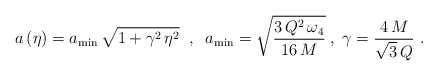
\begin{align*}a \left( \eta \right) = a_{\rm min} \, \sqrt{1+ \gamma^2 \, \eta^2} \;\;,\;\; a_{\rm min} = \sqrt{\frac{3 \, Q^2 \, \omega_4}{16 \, M}}\;,\; \gamma=\frac{4\,M}{\sqrt{3}\,Q} \,\,.\end{align*}